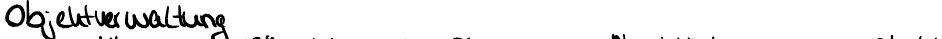
Objektverwaltung